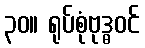
၃၀။ ရုပ်စုံဗုဒ္ဓဝင်